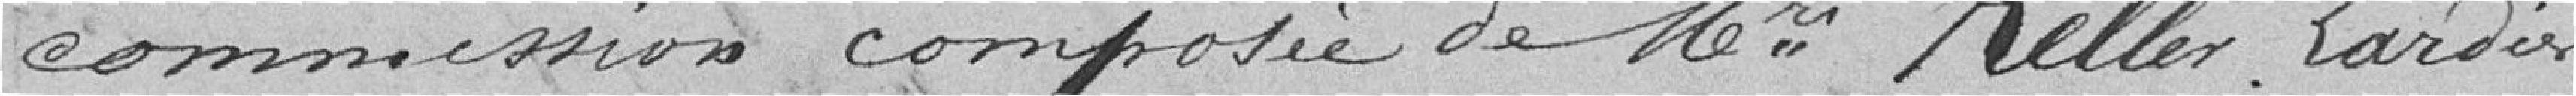
commission composée de          Keller Lardé